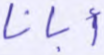
أبانا